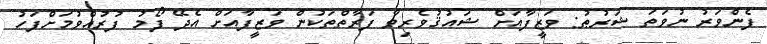
ފެންވަރު ނުވަތަ ޝަރުޠު: ވަޒީފާއަށް ޝައުޤުވެރިވާ ފަރާތްތަކުން ވަޒީފާއަށް އެދޭ ފޯމު ފުރުއްވުމަށްފަހު